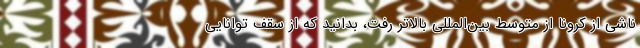
ناشی از کرونا از متوسط بین‌المللی بالاتر رفت، بدانید که از سقف توانایی